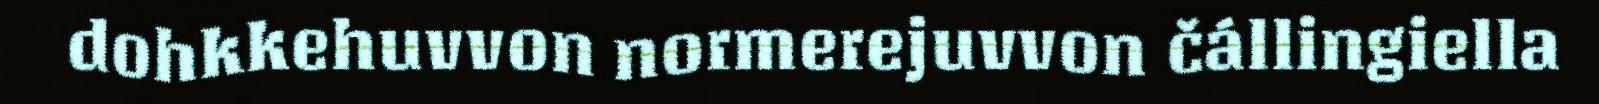
dohkkehuvvon normerejuvvon čállingiella